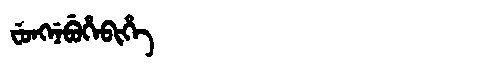
Manchu: ᠸᡠᠩᠨᡝᠪᡠᡥᡝᠪᡳᡥᡝ
Romanization: FUNGNEBUHEBIHE